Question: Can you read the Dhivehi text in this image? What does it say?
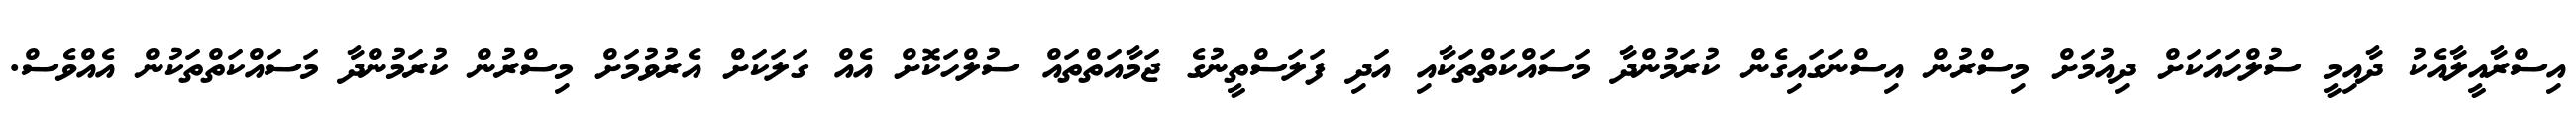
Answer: އިސްރާއީލާއެކު ދާއިމީ ސުލްހައަކަށް ދިއުމަށް މިސްރުން އިސްނަގައިގެން ކުރަމުންދާ މަސައްކަތްތަކާއި އަދި ފަލަސްތީނުގެ ޖަމާއަތްތައް ސުލްހަކޮށް އެއް ގަލަކަށް އެރުވުމަށް މިސްރުން ކުރަމުންދާ މަސައްކަތްތަކުން އެއްވެސް.